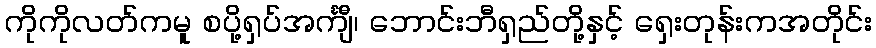
ကိုကိုလတ်ကမူ စပို့ရှပ်အင်္ကျီ၊ ဘောင်းဘီရှည်တို့နှင့် ရှေးတုန်းကအတိုင်း